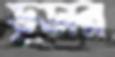
ডুডার